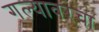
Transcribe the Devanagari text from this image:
गल्यावरचा